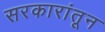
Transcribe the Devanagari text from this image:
सरकारांतून